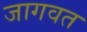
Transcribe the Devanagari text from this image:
जागवत